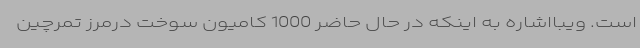
است. ویبااشاره به اینکه در حال حاضر 1000 کامیون سوخت درمرز تمرچین